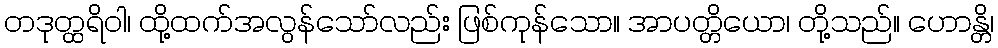
တဒုတ္ထရိဝါ၊ ထို့ထက်အလွန်သော်လည်း ဖြစ်ကုန်သော။ အာပတ္တိယော၊ တို့သည်။ ဟောန္တိ၊